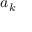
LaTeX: { \boldsymbol { a } } _ { k }